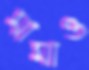
মামাও